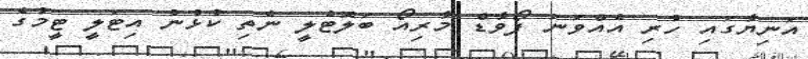
އަނިޔާގައި ހުރި އެއްވަނަ ފޯވާޑް މާރިއޯ ބަލޮޓެލީ ނެތި ކުޅުނު އިޓަލީ ޓީމުގެ